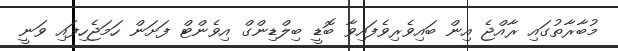
މުބާރާތުގައި ރާއްޖެ އިން ބައިވެރިވެފައިވާ ބޮޑީ ބިލްޑިންގް އިވެންޓް ފަށަން ހަމަޖެހިފައި ވަނީ